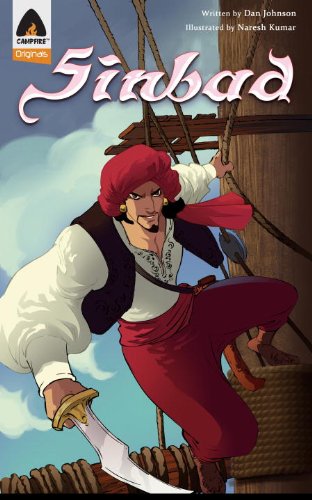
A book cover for Sinbad: The Legacy: A Graphic Novel (Campfire Graphic Novels); Dan Johnson; Comics & Graphic Novels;